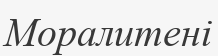
Моралитені